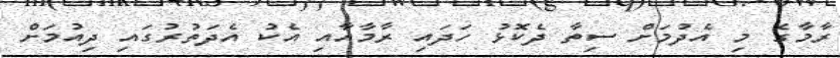
ރާމާގެ މި އެދުމަށް ސިތާ ދެކޮޅު ހަދައި ރާމާއާއި އެކު އެދަތުރުގައި ދިއުމަށް